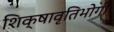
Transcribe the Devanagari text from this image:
शिक्षावृतिभोगी